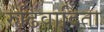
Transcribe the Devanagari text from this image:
रुढिवादिता